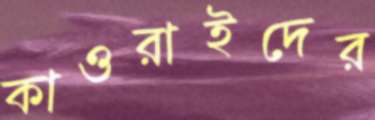
কাওরাইদের